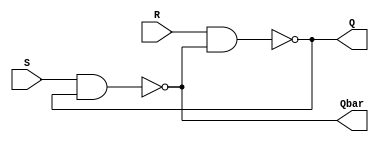
`timescale 1ns / 1ps
module sr_design(Q,Qbar,S,R);
    input S;
    input R;
    output Q;
    output Qbar;
    
    assign Q = ~(R&Qbar);
    assign Qbar = ~(S & Q);
    
endmodule